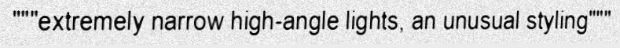
"""extremely narrow high-angle lights, an unusual styling"""